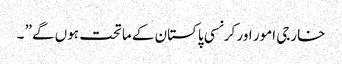
خارجی امور اور کرنسی پاکستان کے ماتحت ہوں گے” ۔